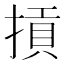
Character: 摃